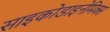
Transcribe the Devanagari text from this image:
साइकोडाइनेमिक्स